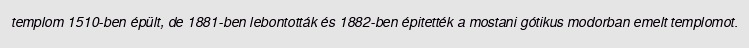
templom 1510-ben épült, de 1881-ben lebontották és 1882-ben épitették a mostani gótikus modorban emelt templomot.